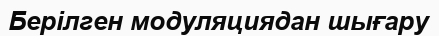
Берілген модуляциядан шығару